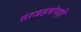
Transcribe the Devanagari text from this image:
ताजहथंगड़ी